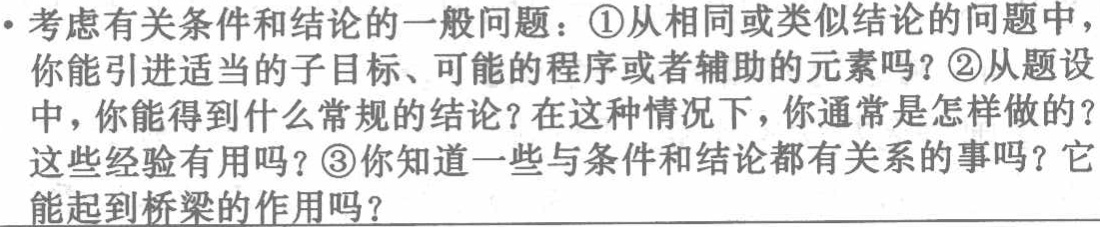
• 考虑有关条件和结论的一般问题：\textcircled{1}从相同或类似结论的问题中，你能引进适当的子目标、可能的程序或者辅助的元素吗？\textcircled{2}从题设中，你能得到什么常规的结论？在这种情况下，你通常是怎样做的？这些经验有用吗？\textcircled{3}你知道一些与条件和结论都有关系的事吗？它能起到桥梁的作用吗？